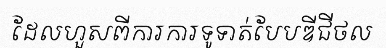
ដែលហួសពីការការទូទាត់បែបឌីជីថល